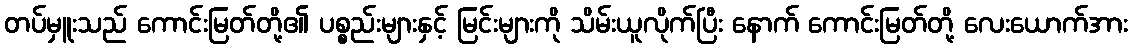
တပ်မှူးသည် ကောင်းမြတ်တို့၏ ပစ္စည်းများနှင့် မြင်းများကို သိမ်းယူလိုက်ပြီး နောက် ကောင်းမြတ်တို့ လေးယောက်အား